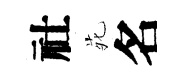
社𫟍名